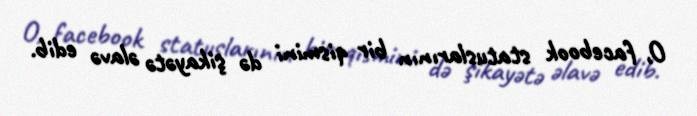
O, facebook statuslarının bir qismini də şikayətə əlavə edib.